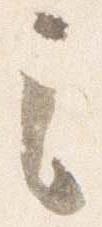
之